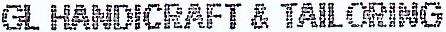
GL HANDICRAFT & TAII ORING